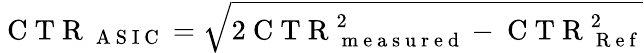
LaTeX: \mathrm{~C~T~R~}_{\mathrm{~A~S~I~C~}}=\sqrt{2\mathrm{~C~T~R~}_{\mathrm{~m~e~a~s~u~r~e~d~}}^{2}-\mathrm{~C~T~R~}_{\mathrm{~R~e~f~}}^{2}}